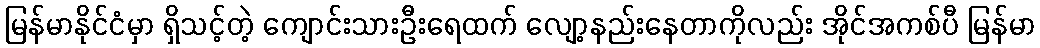
မြန်မာနိုင်ငံမှာ ရှိသင့်တဲ့ ကျောင်းသားဦးရေထက် လျော့နည်းနေတာကိုလည်း အိုင်အကစ်ပီ မြန်မာ